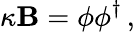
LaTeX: \kappa\mathbf{B}=\phi\phi^{\dagger}\, ,